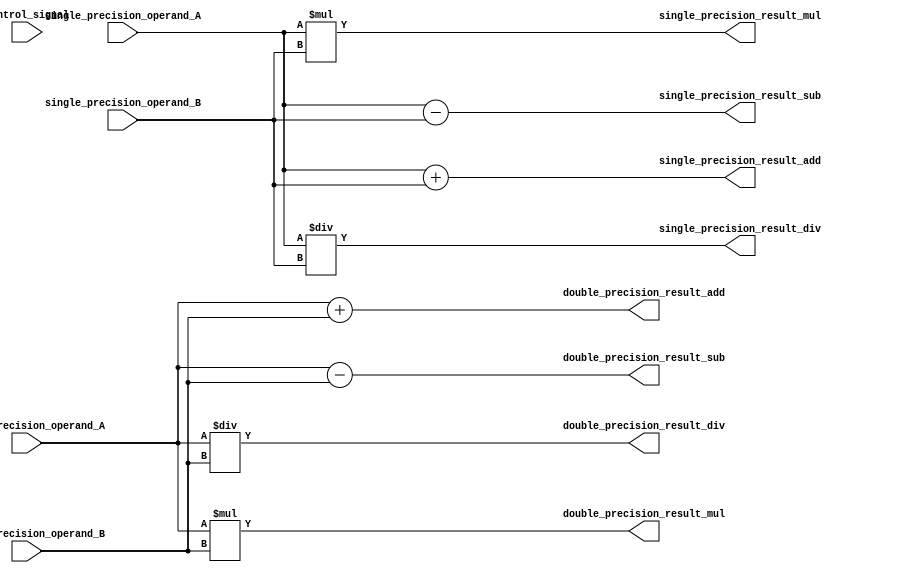
module Mixed_Precision_Floating_Point_Unit (
    input wire [31:0] single_precision_operand_A,
    input wire [31:0] single_precision_operand_B,
    input wire [63:0] double_precision_operand_A,
    input wire [63:0] double_precision_operand_B,
    input wire control_signal,
    
    output wire [31:0] single_precision_result_add,
    output wire [31:0] single_precision_result_sub,
    output wire [31:0] single_precision_result_mul,
    output wire [31:0] single_precision_result_div,
    output wire [63:0] double_precision_result_add,
    output wire [63:0] double_precision_result_sub,
    output wire [63:0] double_precision_result_mul,
    output wire [63:0] double_precision_result_div
);

// Datapath for single precision addition operation
assign single_precision_result_add = single_precision_operand_A + single_precision_operand_B;

// Datapath for single precision subtraction operation
assign single_precision_result_sub = single_precision_operand_A - single_precision_operand_B;

// Datapath for single precision multiplication operation
assign single_precision_result_mul = single_precision_operand_A * single_precision_operand_B;

// Datapath for single precision division operation
assign single_precision_result_div = single_precision_operand_A / single_precision_operand_B;

// Datapath for double precision addition operation
assign double_precision_result_add = double_precision_operand_A + double_precision_operand_B;

// Datapath for double precision subtraction operation
assign double_precision_result_sub = double_precision_operand_A - double_precision_operand_B;

// Datapath for double precision multiplication operation
assign double_precision_result_mul = double_precision_operand_A * double_precision_operand_B;

// Datapath for double precision division operation
assign double_precision_result_div = double_precision_operand_A / double_precision_operand_B;

endmodule